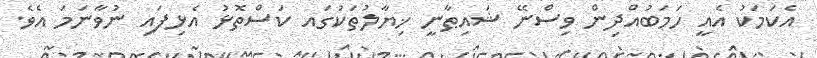
އެކަމަކު އެއީ ހަމަބުއްދިން ވިސްނޭ ޝައިޠާނީ ޚިޔާލުތަކުގައ ކަސްތޮޅު އެޅިފައި ނުވާނަމަ އެވެ.